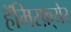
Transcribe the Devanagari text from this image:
हॅमिस्फ़्येर